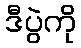
ဒီပွဲကို